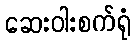
ဆေးဝါးစက်ရုံ